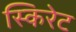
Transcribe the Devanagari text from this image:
स्किरेट